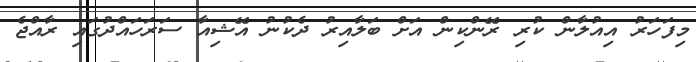
މިފަހަރު އިއުލާން ކުރި ރޭންކިން އަށް ބަލާއިރު ދެކުނު އޭޝިއާ ސަރަހައްދުގައި ރާއްޖެ